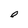
Character: O